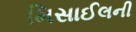
મિસાઈલની